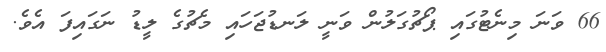
66 ވަނަ މިނެޓުގައި ޕޯޗުގަލުން ވަނީ ލަނޑުޖަހައި މެޗުގެ ލީޑު ނަގައިފަ އެވެ.